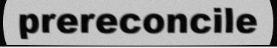
prereconcile